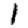
Digit: 1